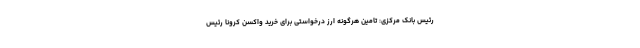
رئیس بانک مرکزی: تامین هرگونه ارز درخواستی برای خرید واکسن کرونا رئیس